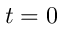
t = 0